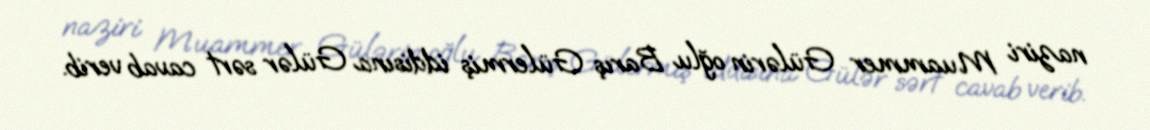
naziri Muammer Gülərin oğlu Barış Gülermiş iddisına Gülər sərt cavab verib.